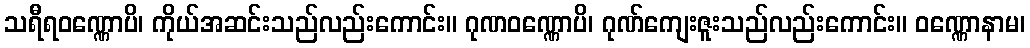
သရီရဝဏ္ဏောပိ၊ ကိုယ်အဆင်းသည်လည်းကောင်း။ ဂုဏဝဏ္ဏောပိ၊ ဂုဏ်ကျေးဇူးသည်လည်းကောင်း။ ဝဏ္ဏောနာမ၊